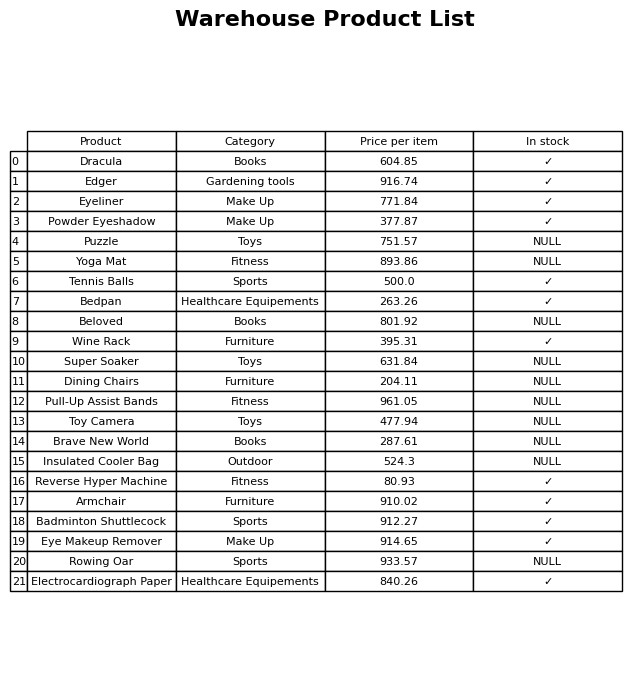
question: What is the price for Edger?
answer: The price of Edger is 916.74.